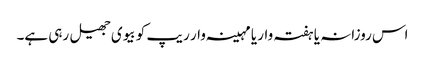
اس روزانہ یا ہفتہ وار یا مہینہ وار ریپ کو بیوی جھیل رہی ہے۔